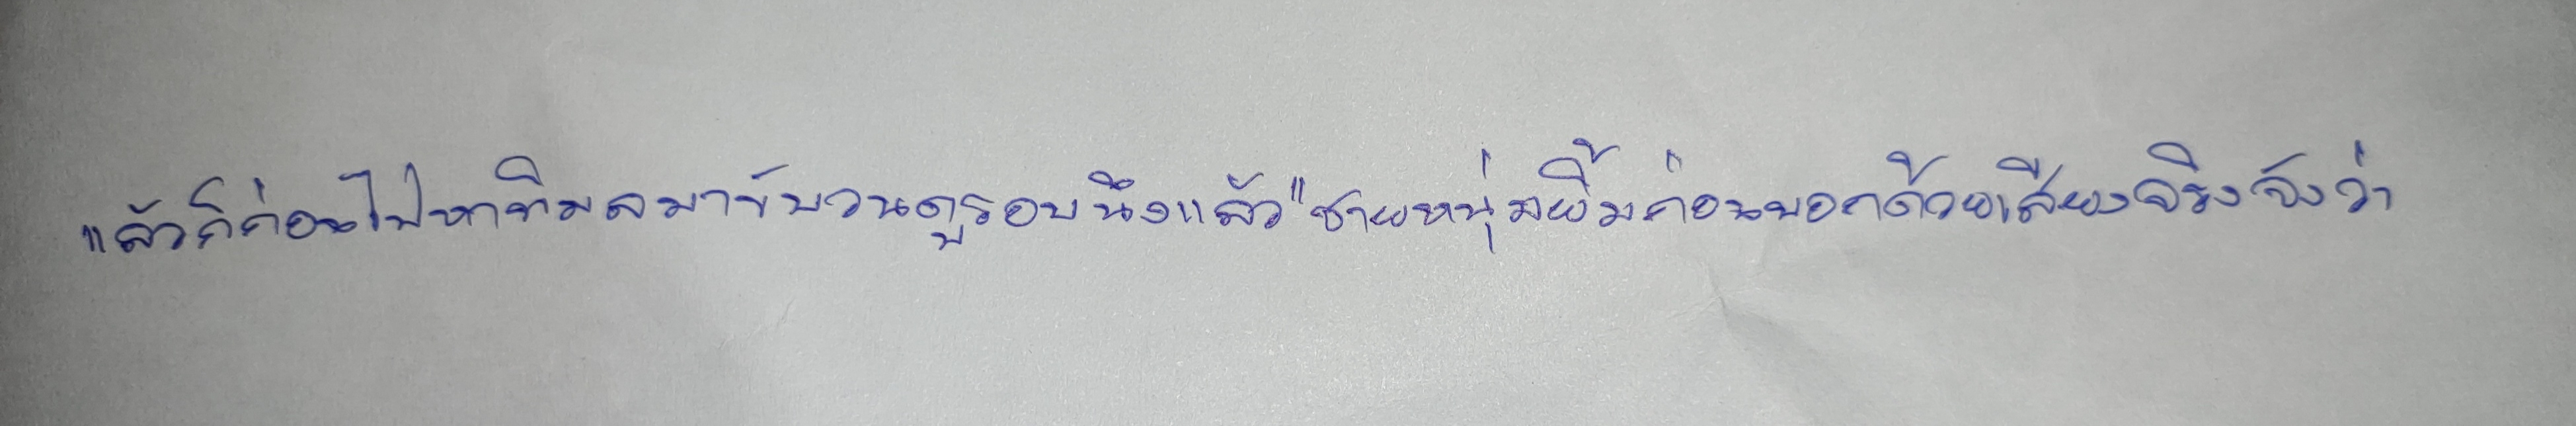
แล้วก็ก่อนไปหาพิมลมาขับวนดูรอบนึงแล้ว"ชายหนุ่มยิ้มก่อนบอกด้วยเสียงจริงจังว่า